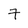
Character: 7